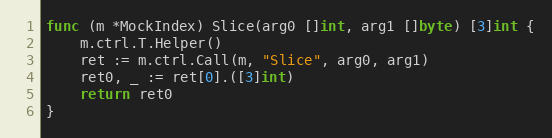
Language: Go
func (m *MockIndex) Slice(arg0 []int, arg1 []byte) [3]int {
	m.ctrl.T.Helper()
	ret := m.ctrl.Call(m, "Slice", arg0, arg1)
	ret0, _ := ret[0].([3]int)
	return ret0
}